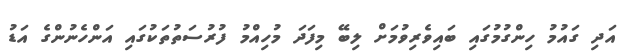
އަދި ގައުމު ހިންގުމުގައި ބައިވެރިވުމަށް ލިބޭ މިފަދަ މުހިއްމު ފުރުސަތުތަކުގައި އަންހެނުންގެ އަޑު